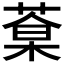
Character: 𦷎